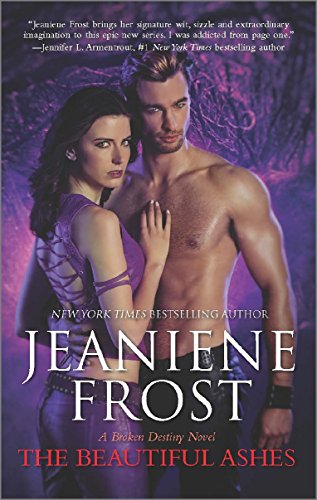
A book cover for The Beautiful Ashes (A Broken Destiny Novel); Jeaniene Frost; Science Fiction & Fantasy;